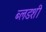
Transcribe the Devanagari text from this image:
ब्लडशी